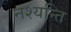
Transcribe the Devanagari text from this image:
नश्यन्ति